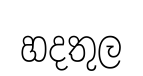
හදතුල